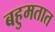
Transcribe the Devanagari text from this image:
बहुमतात